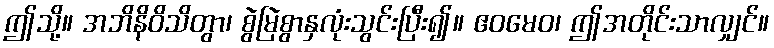
ဤသို့။ အဘိနိဝိသိတွာ၊ စွဲမြဲစွာနှလုံးသွင်းပြီး၍။ ဧဝမေဝ၊ ဤအတိုင်းသာလျှင်။